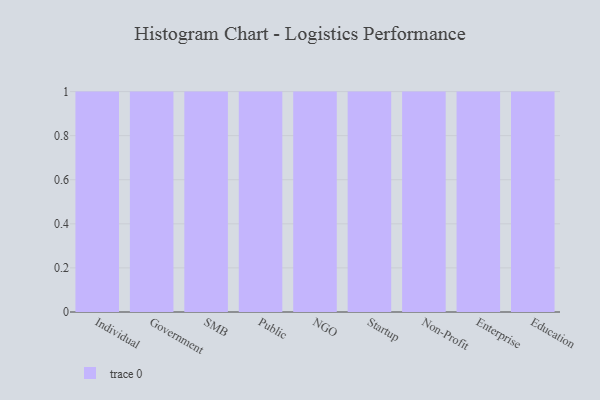
{"axis": {"x": "Segment", "y": "Backlog"}, "legend": [""], "data": [{"x": "Individual", "y": 94, "type": ""}, {"x": "Government", "y": 96, "type": ""}, {"x": "SMB", "y": 77, "type": ""}, {"x": "Public", "y": 97, "type": ""}, {"x": "NGO", "y": 31, "type": ""}, {"x": "Startup", "y": 64, "type": ""}, {"x": "Non-Profit", "y": 87, "type": ""}, {"x": "Enterprise", "y": 9, "type": ""}, {"x": "Education", "y": 74, "type": ""}]}